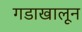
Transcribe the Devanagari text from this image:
गडाखालून